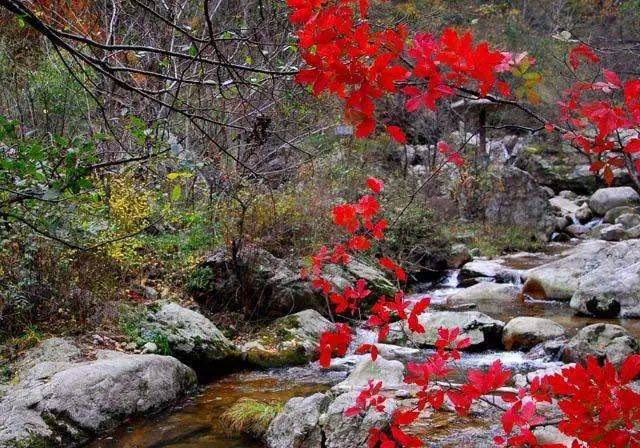
荆溪白石出，天寒红叶稀。